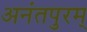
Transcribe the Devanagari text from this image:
अनंतपुरम्